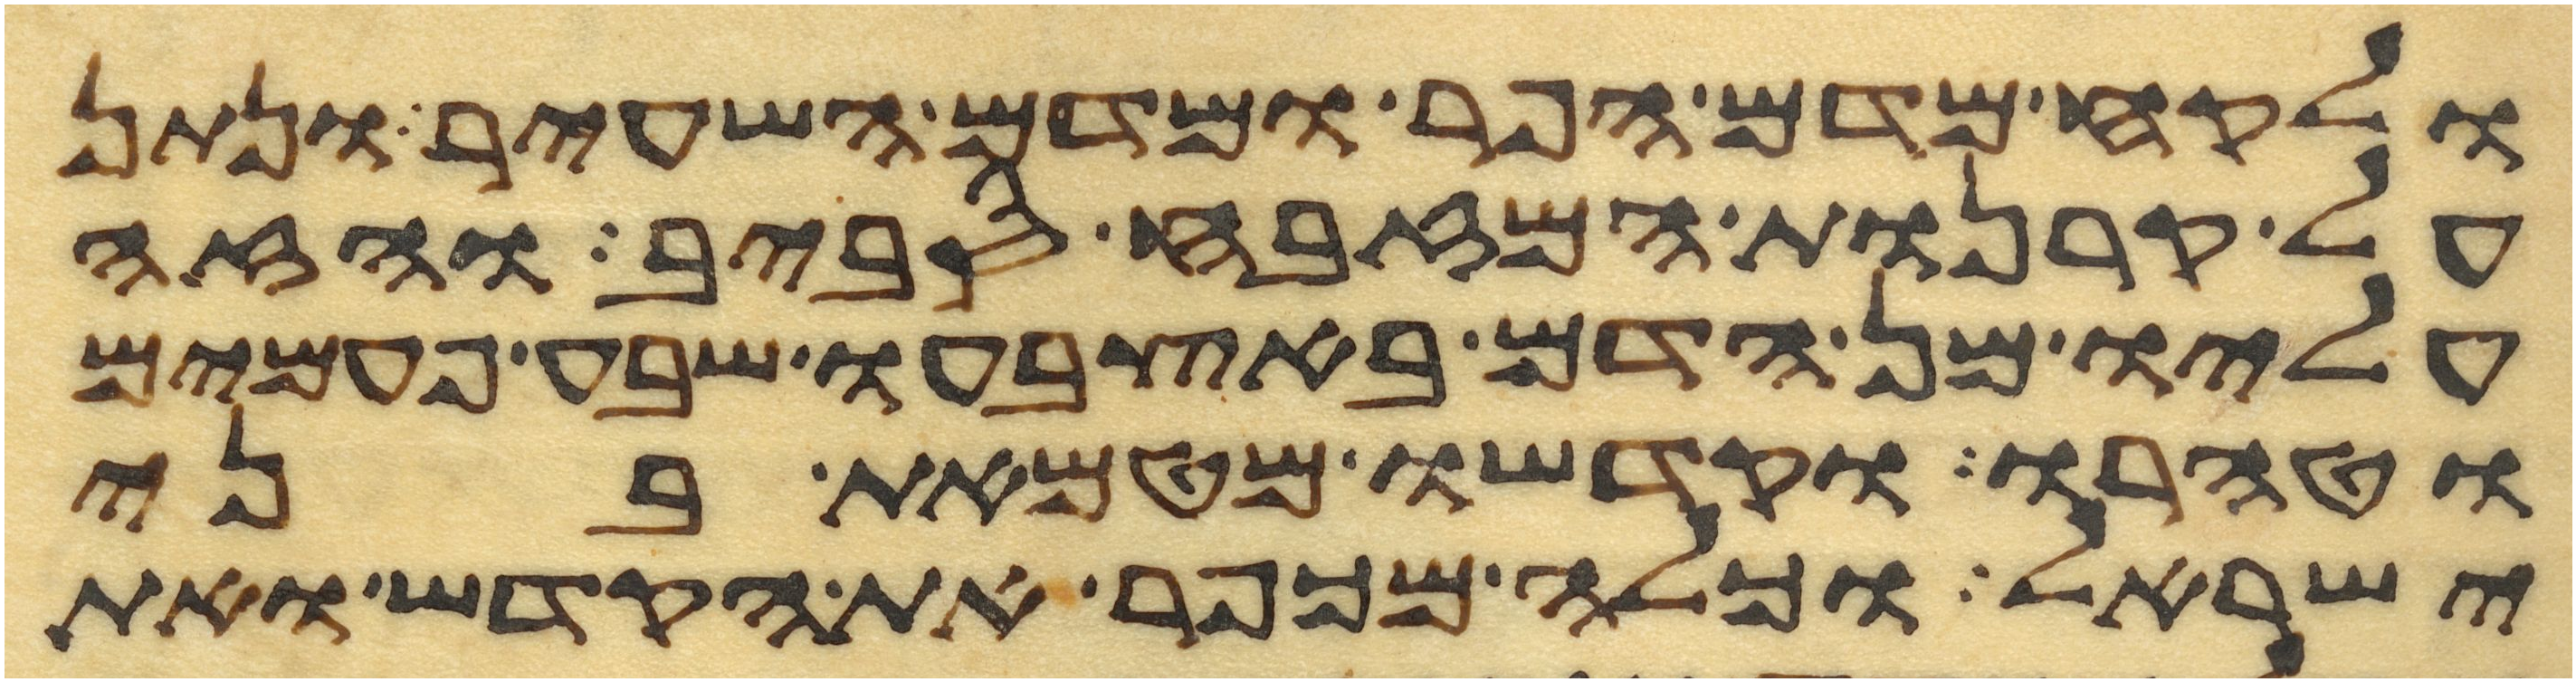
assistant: ולקח מדם הפר ומדם השעיר ונתן
על קרנות המזבח סביב והזה
עליו מן הדם באצבעו שבע פעמים
וטהרו וקדשו מטמאת בני
ישראל וכלה מכפר את הקדש ואת